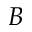
\boldsymbol { B }